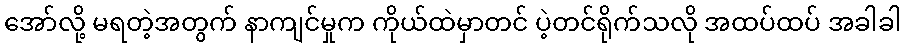
အော်လို့ မရတဲ့အတွက် နာကျင်မှုက ကိုယ်ထဲမှာတင် ပဲ့တင်ရိုက်သလို အထပ်ထပ် အခါခါ